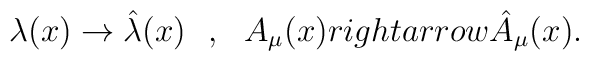
\lambda (x)\rightarrow  \hat \lambda (x)~~,~~A_\mu (x)\\rightarrow \hat A_\mu (x).